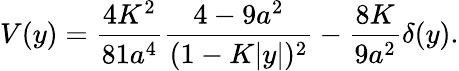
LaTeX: V(y)={\frac{4K^{2}}{81a^{4}}}{\frac{4-9a^{2}}{(1-K|y|)^{2}}}-{\frac{8K}{9a^{2}}}\delta(y).